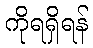
ကိုရရှိရန်